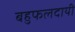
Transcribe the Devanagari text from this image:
बहुफलदायी